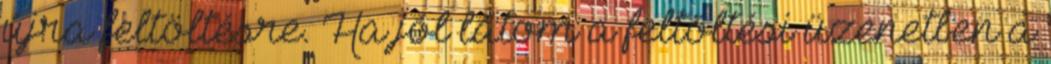
újra feltöltésre. Ha jól látom a feltöltési üzenetben a